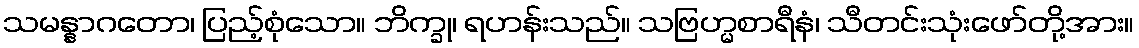
သမန္နာဂတော၊ ပြည့်စုံသော။ ဘိက္ခု၊ ရဟန်းသည်။ သဗြဟ္မစာရီနံ၊ သီတင်းသုံးဖော်တို့အား။